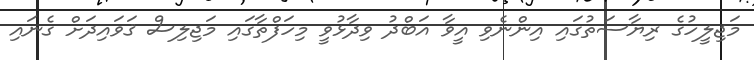
މަޖިލީހުގެ ރިޔާސަތުގައި އިންނެވި އީވާ އަބްދު ވިދާޅުވީ މިހަފްތާގައި މަޖިލިސް ޤަވައިދަށް ގެނައި